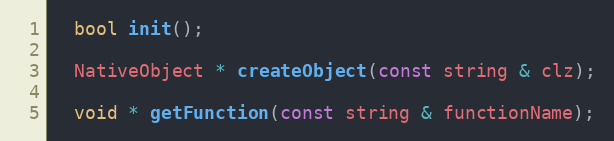
Language: C
  bool init();

  NativeObject * createObject(const string & clz);

  void * getFunction(const string & functionName);